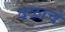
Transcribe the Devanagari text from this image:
दळाचे